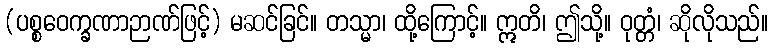
(ပစ္စဝေက္ခဏာဉာဏ်ဖြင့်) မဆင်ခြင်။ တသ္မာ၊ ထို့ကြောင့်။ ဣတိ၊ ဤသို့။ ဝုတ္တံ၊ ဆိုလိုသည်။